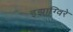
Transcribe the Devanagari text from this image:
इझाग्विरे